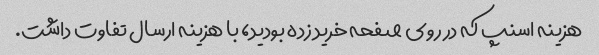
هزینه اسنپ که در روی صفحه خرید زده بودید، با هزینه ارسال تفاوت داشت.